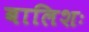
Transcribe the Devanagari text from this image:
बालिशः